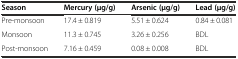
| Season | Mercury (μg/g) | Arsenic (μg/g) | Lead (μg/g) |
 | --- | --- | --- | --- |
 | Pre-monsoon | 17.4 ± 0.819 | 5.51 ± 0.624 | 0.84 ± 0.081 |
 | Monsoon | 11.3 ± 0.745 | 3.26 ± 0.256 | BDL |
 | Post-monsoon | 7.16 ± 0.459 | 0.08 ± 0.008 | BDL |